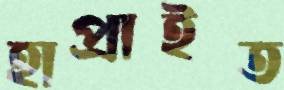
হাপ্‌রাইত